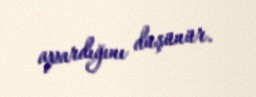
apardığını düşünür.